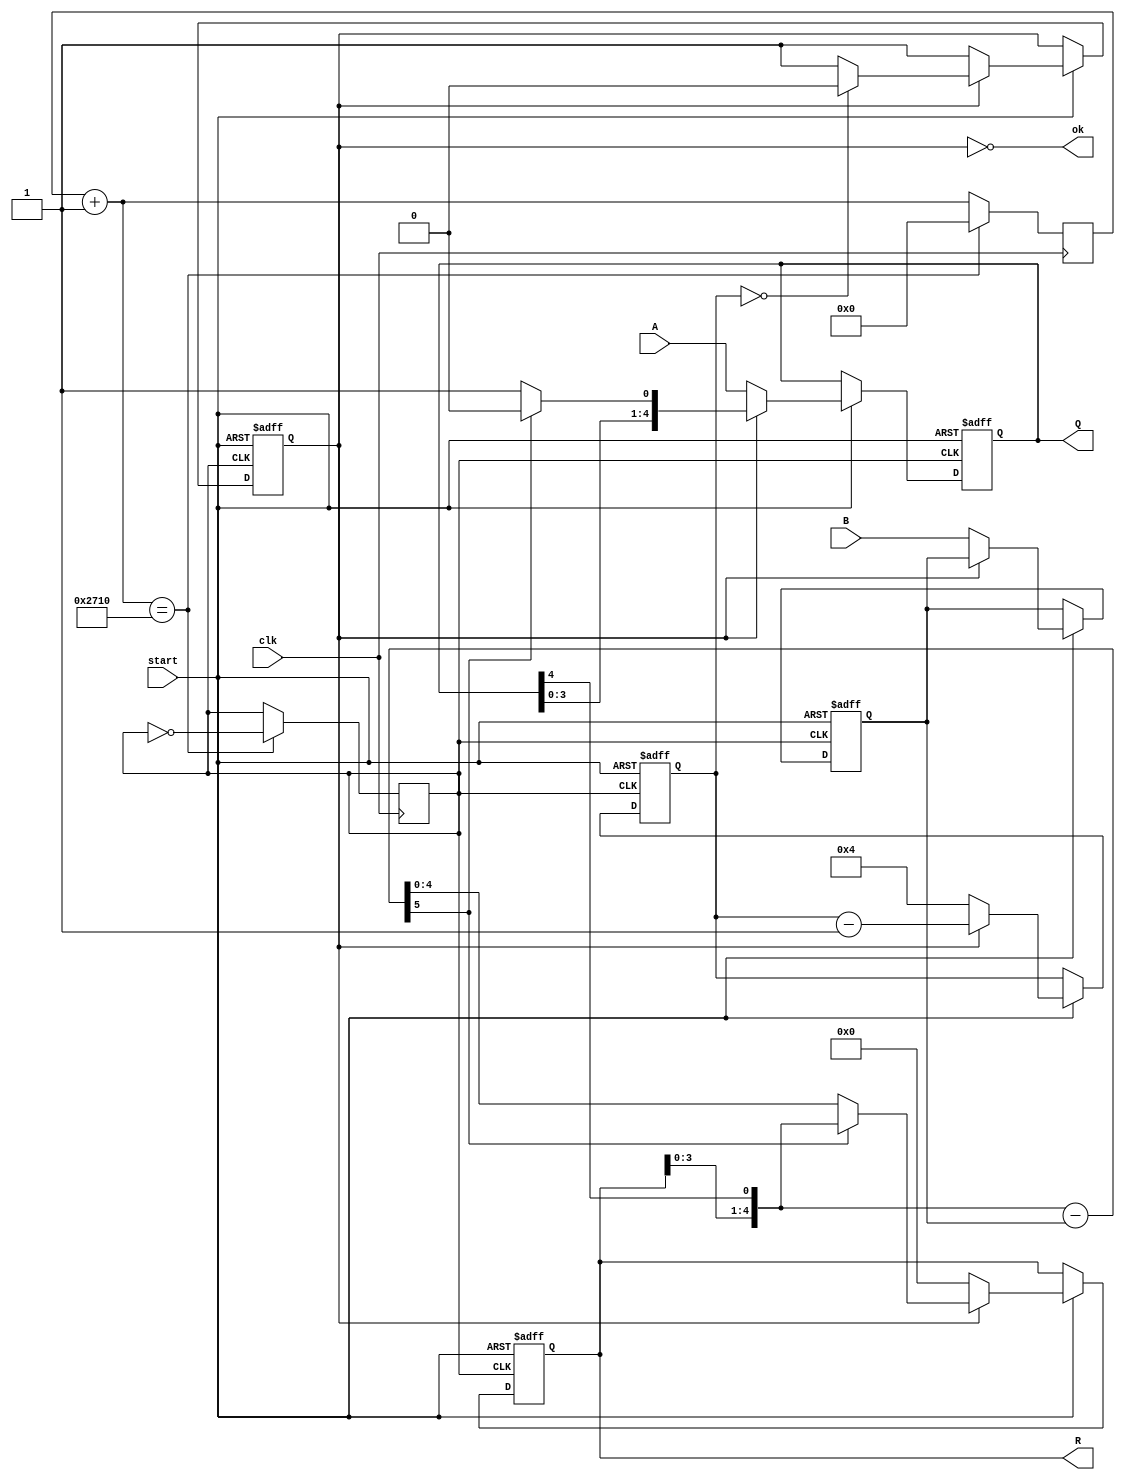
`timescale 1ns / 1ns 

 module Divide(  
   input      clk,   
   input      start,  
   input [4:0]  A,  
   input [4:0]  B,  
   output [4:0]  Q,  
   output [4:0]  R,  
   output     ok   // =1 when ready to get the result   
  
   );  
   reg       active; 
   reg       clk_in; 
   wire      reset;// True if the divider is running  
   reg [4:0]    cycle;   // Number of cycles to go  
   reg [4:0]   result;   // Begin with A, end with Q  
   reg [4:0]   div;   // Divisor 
   reg [4:0]   work;    // Running R  
   reg [26:0]   delay;
   // Calculate the current digit  
   wire [5:0]   sub = { work[3:0], result[4] } - div;  
 
   // Send the results to our master  
   assign Q = result;  
   assign R = work;  
   assign ok = ~active;
   assign reset = !start;
   
   initial begin
      clk_in = 0;
     delay =0;
     
   end
   
   always@(posedge clk)
	begin
		delay = delay+1;
      if(delay == 27'd10000)
		begin
			clk_in = ~clk_in;
			delay = 0;
		end
	end
  
   
     // The state machine
     always @(posedge clk_in,posedge reset) begin  

       if (reset) begin  
         active <= 0;  
         cycle <= 0;  
         result <= 0;  
         div <= 0;  
         work <= 0;  
       end  
       else if(start) begin  
         if (active) begin  
           // Run an iteration of the divider.  
           if (sub[5] == 0) begin  
             work <= sub[4:0];  
             result <= {result[3:0], 1'b1};  
           end  
           else begin  
             work <= {work[3:0], result[4]};  
             result <= {result[3:0], 1'b0};  
           end  
           if (cycle == 0) begin  
             active <= 0;  
           end  
           cycle <= cycle - 5'd1;  
         end  
         else begin  
           // Set up for an unsigned divider.  
           cycle <= 5'd4;  
           result <= A;  
           div <= B;  
           work <= 5'b0;  
           active <= 1;  
         end  
       end  
     end  
   endmodule